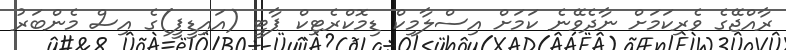
ރާއްޖޭގެ ވެރިކަމަށް ނާދެވޭނެ ކަމަށް އިސްލާމިކް ޑިމޮކްރެޓިކް ޕާޓީ (އައިޑީޕީ)ގެ އިސް މެންބަރު